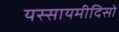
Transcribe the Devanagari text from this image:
यस्सायमीदिसो